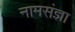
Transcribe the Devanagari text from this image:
नामसंज्ञा